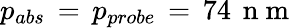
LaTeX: p_{abs}\, =\, p_{probe}\, =\, 74\, \mathrm{~n~m~}